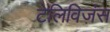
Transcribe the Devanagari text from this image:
टेलिविज़ंस